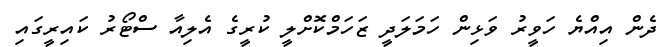
ދެން އިއްޔެ ހަވީރު ވަޅިން ހަމަލަދީ ޒަހަމްކޮށްލީ ކުރީގެ އެލިއާ ސްޓޯރު ކައިރީގައި